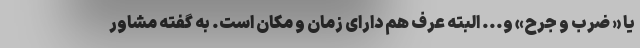
یا « ضرب و جرح» و... البته عرف هم دارای زمان و مکان است. به گفته مشاور